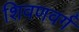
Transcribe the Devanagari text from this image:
शिवणवर्ग